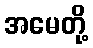
အမေတို့